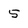
Character: 5